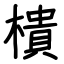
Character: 樻